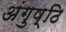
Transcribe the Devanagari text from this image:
अंगुष्ठि